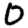
Digit: 0